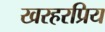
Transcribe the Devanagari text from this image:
खरहरप्रिय